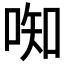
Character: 𫪦